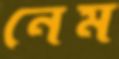
নেম